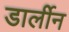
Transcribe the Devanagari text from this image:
डार्लीन